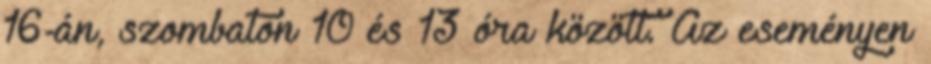
16-án, szombaton 10 és 13 óra között. Az eseményen